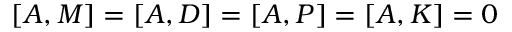
[ A , M ] = [ A , D ] = [ A , P ] = [ A , K ] = 0